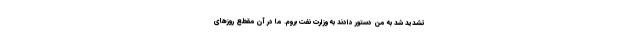
تشدید شد به من دستور دادند به وزارت نفت بروم. ما در آن مقطع روزهای